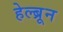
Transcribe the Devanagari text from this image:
हेल्ब्रून